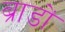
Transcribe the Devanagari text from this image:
ब्राडों